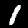
Digit: 1